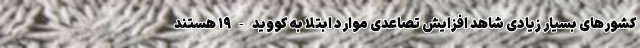
کشورهای بسیار زیادی شاهد افزایش تصاعدی موارد ابتلا به کووید-۱۹ هستند